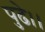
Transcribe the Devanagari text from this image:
पुढे।।